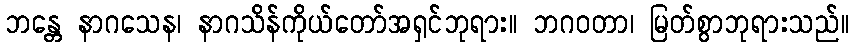
ဘန္တေ နာဂသေန၊ နာဂသိန်ကိုယ်တော်အရှင်ဘုရား။ ဘဂဝတာ၊ မြတ်စွာဘုရားသည်။